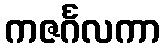
ကဇင်္ဂလကာ